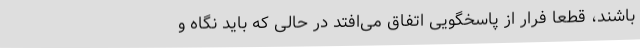
باشند، قطعا فرار از پاسخگویی اتفاق می‌افتد در حالی که باید نگاه و